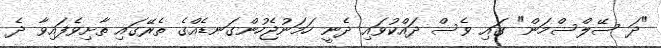
"ދަ ސޭލްސްމަން" ގައި ވެސް ދައްކުވައި ދެނީ ހަމަނުޖެހުންގަނޑެއްގެ ތެރޭގައި ތާށިވެފައިވާ ދެ